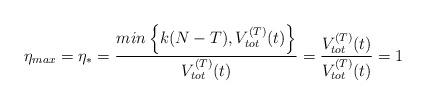
LaTeX: \begin{align*}\eta_{max}=\eta_* =\frac{min\left\lbrace k(N-T),V_{tot}^{(T)}(t)\right\rbrace}{V_{tot}^{(T)}(t)}=\frac{V_{tot}^{(T)}(t)}{V_{tot}^{(T)}(t)}=1 \end{align*}